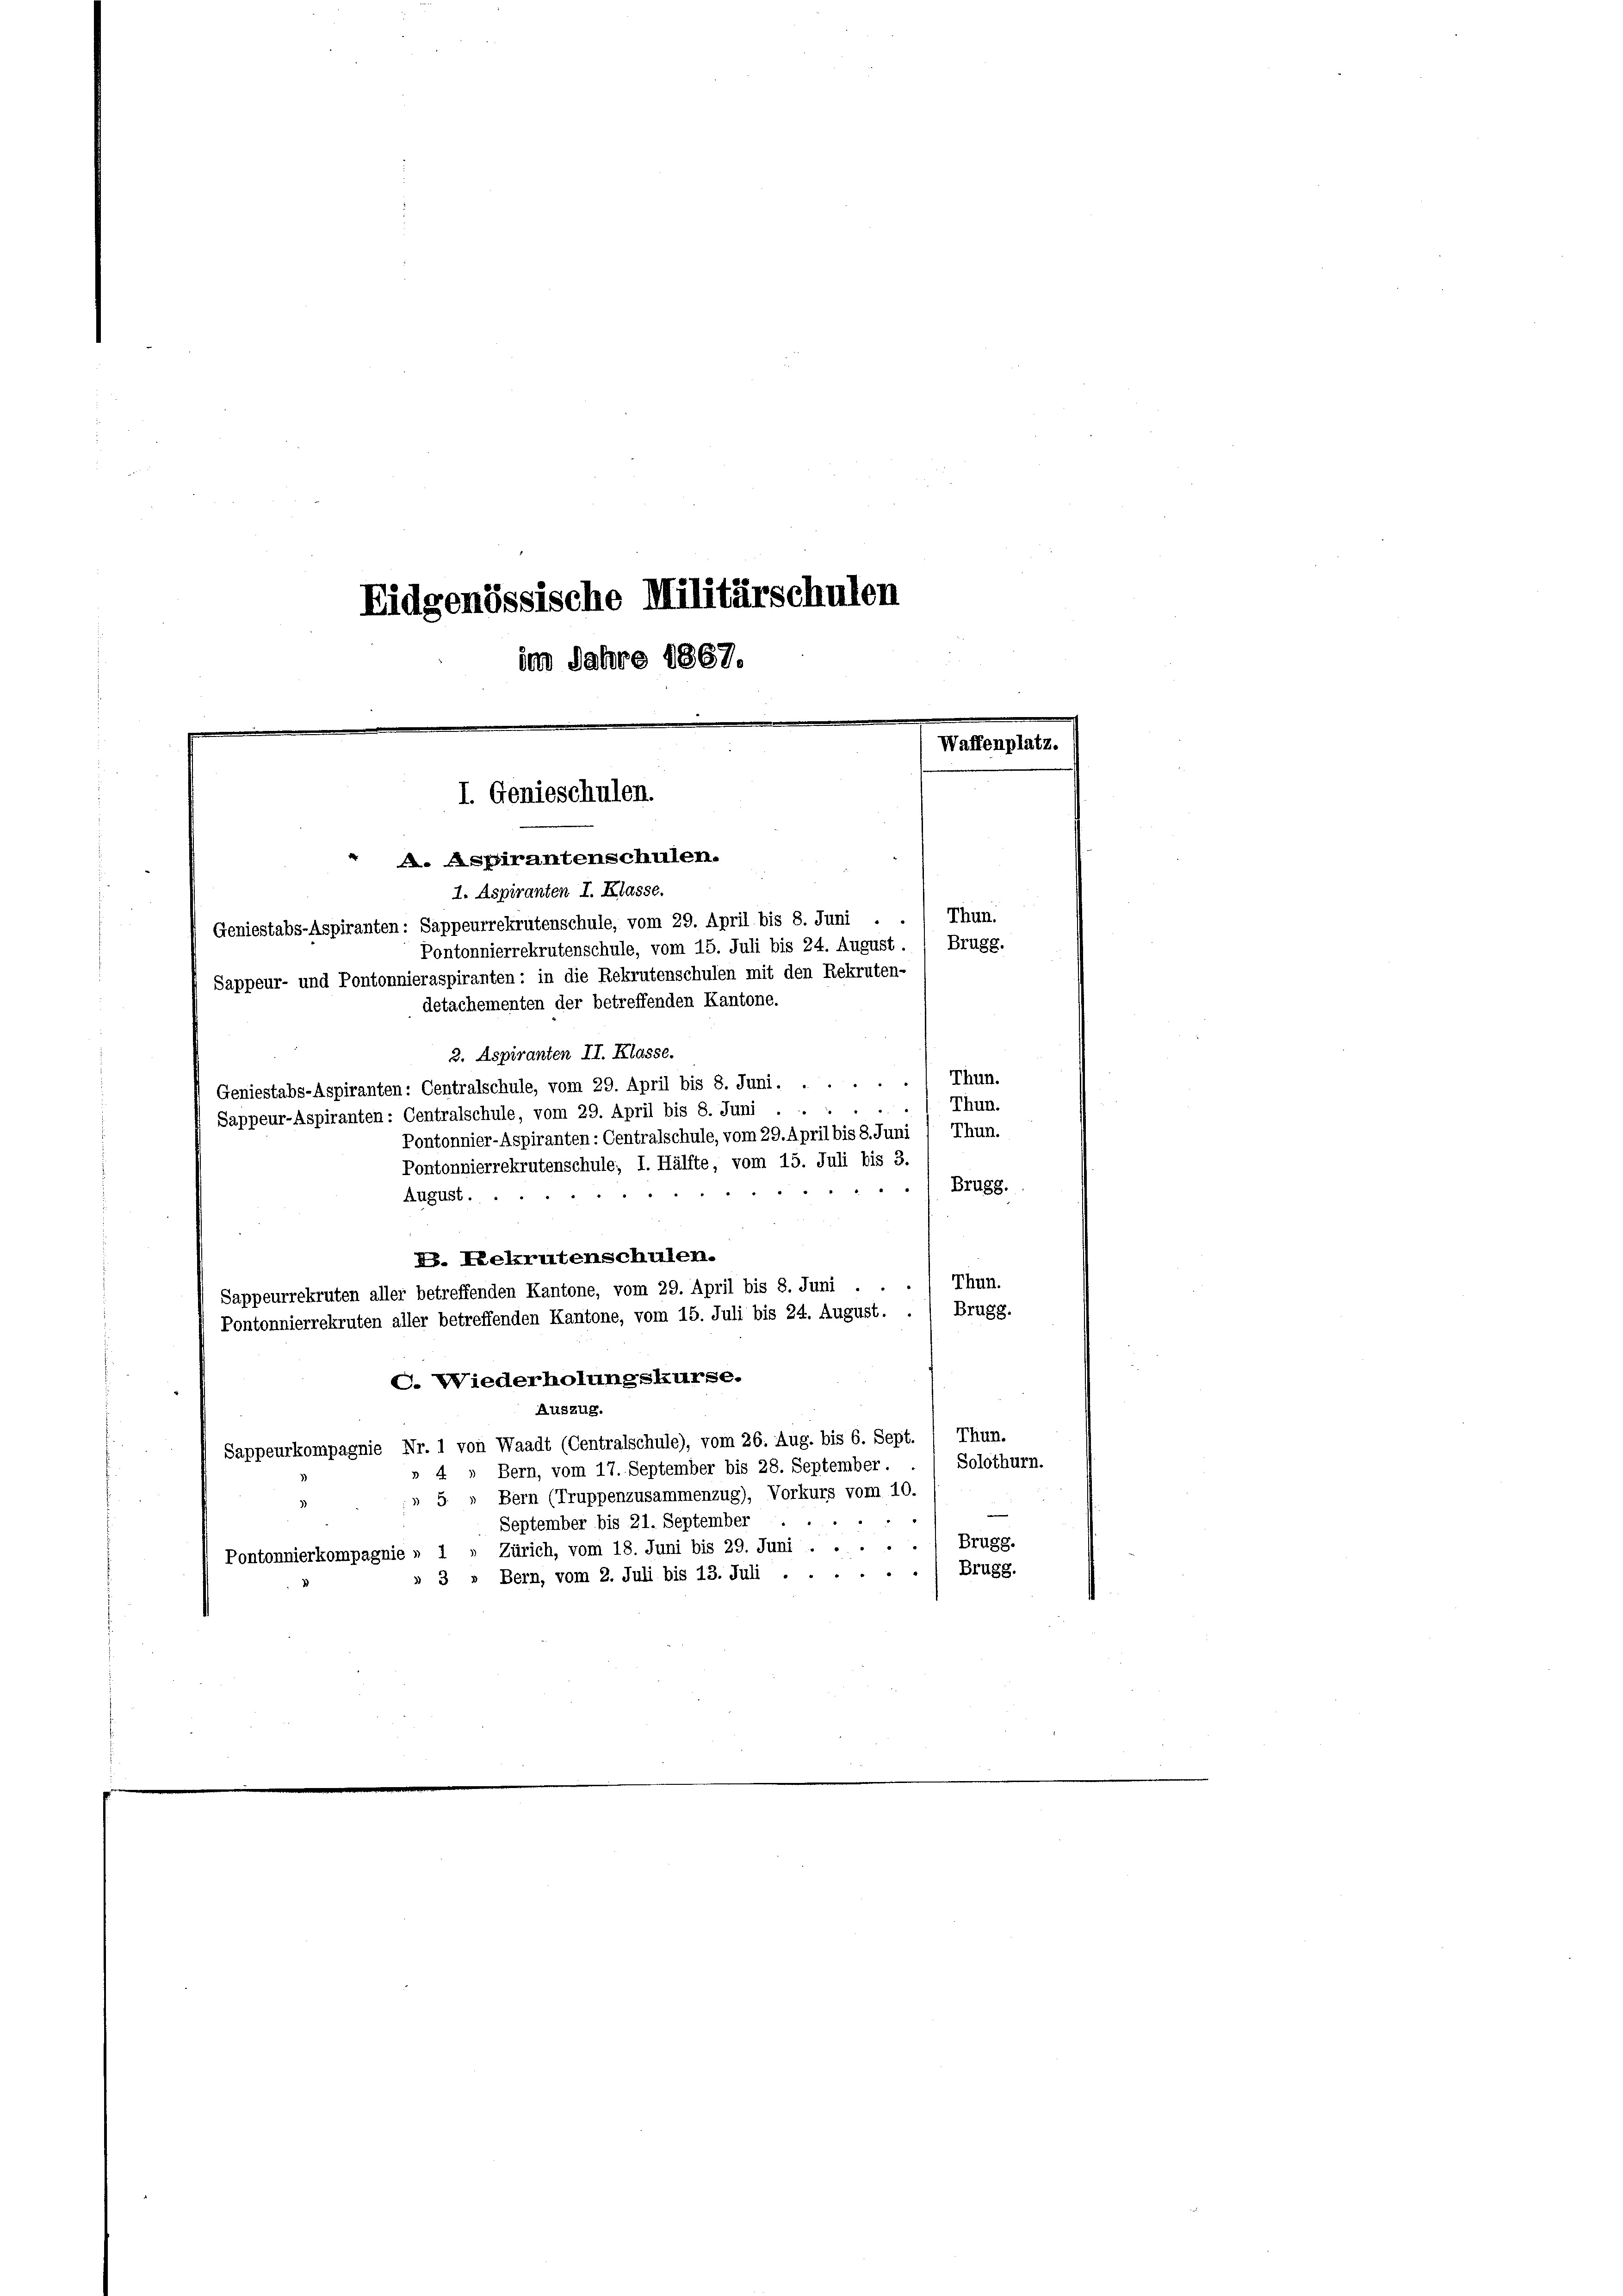
Eidgenössische Militärschulen
im Jahre 1867.

e
I. Genieschulen.
" A. Aspirantenschulen.

detachementen der betreffenden Kantone.

1. Aspiranten I. Klasse.
Geniestabs-Aspiranten: Sappeurrekrutenschule, vom 29. April bis 8. Juni .
Sappeur- und Pontonnieraspiranten: in die Rekrutenschulen mit den Rekruten-
2. Aspiranten II. Klasse.
Geniestabs-Aspiranten: Centralschule, vom 29. April bis 8. Juni ..... Thun.
./ Thun.
Sappeur-Aspiranten: Centralschule, vom 29. April bis 8. Juni .
Pontonnier-Aspiranten: Centralschule, vom 29. April bis 8. Juni / Thun.
Pontonnierrekrutenschule; I. Hälfte, vom 15. Juli bis 3.
Brugg.
August.
. Rekrutenschulen.
Sappeurrekruten aller betreffenden Kantone, vom 29. April bis 8. Juni . . ., Thun.
Pontonnierrekruten aller betreffenden Kantone, vom 15. Juli bis 24. August. . / Brugg.
C. Wiederholungskurse.
Auszug.
Sappeurkompagnie Nr. 1 von Waadt (Centralschule), vom 26. Aug. bis 6. Sept. 1 Thun.
» 4 » Bern, vom 17. September bis 28. September . . / Solothurn.
» 5. „ Bern (Truppenzusammenzug), Vorkurs vom 10.
September bis 21. September
Brugg.
Zürich, vom 18. Juni bis 29. Juni
Pontonnierkompagnie » 1
Brugg.
3 » Bern, vom 2. Juli bis 13. Juli ...

Thun.
Pontonnierrekrutenschule, vom 15. Juli bis 24. August. / Brugg.

Waffenplatz.